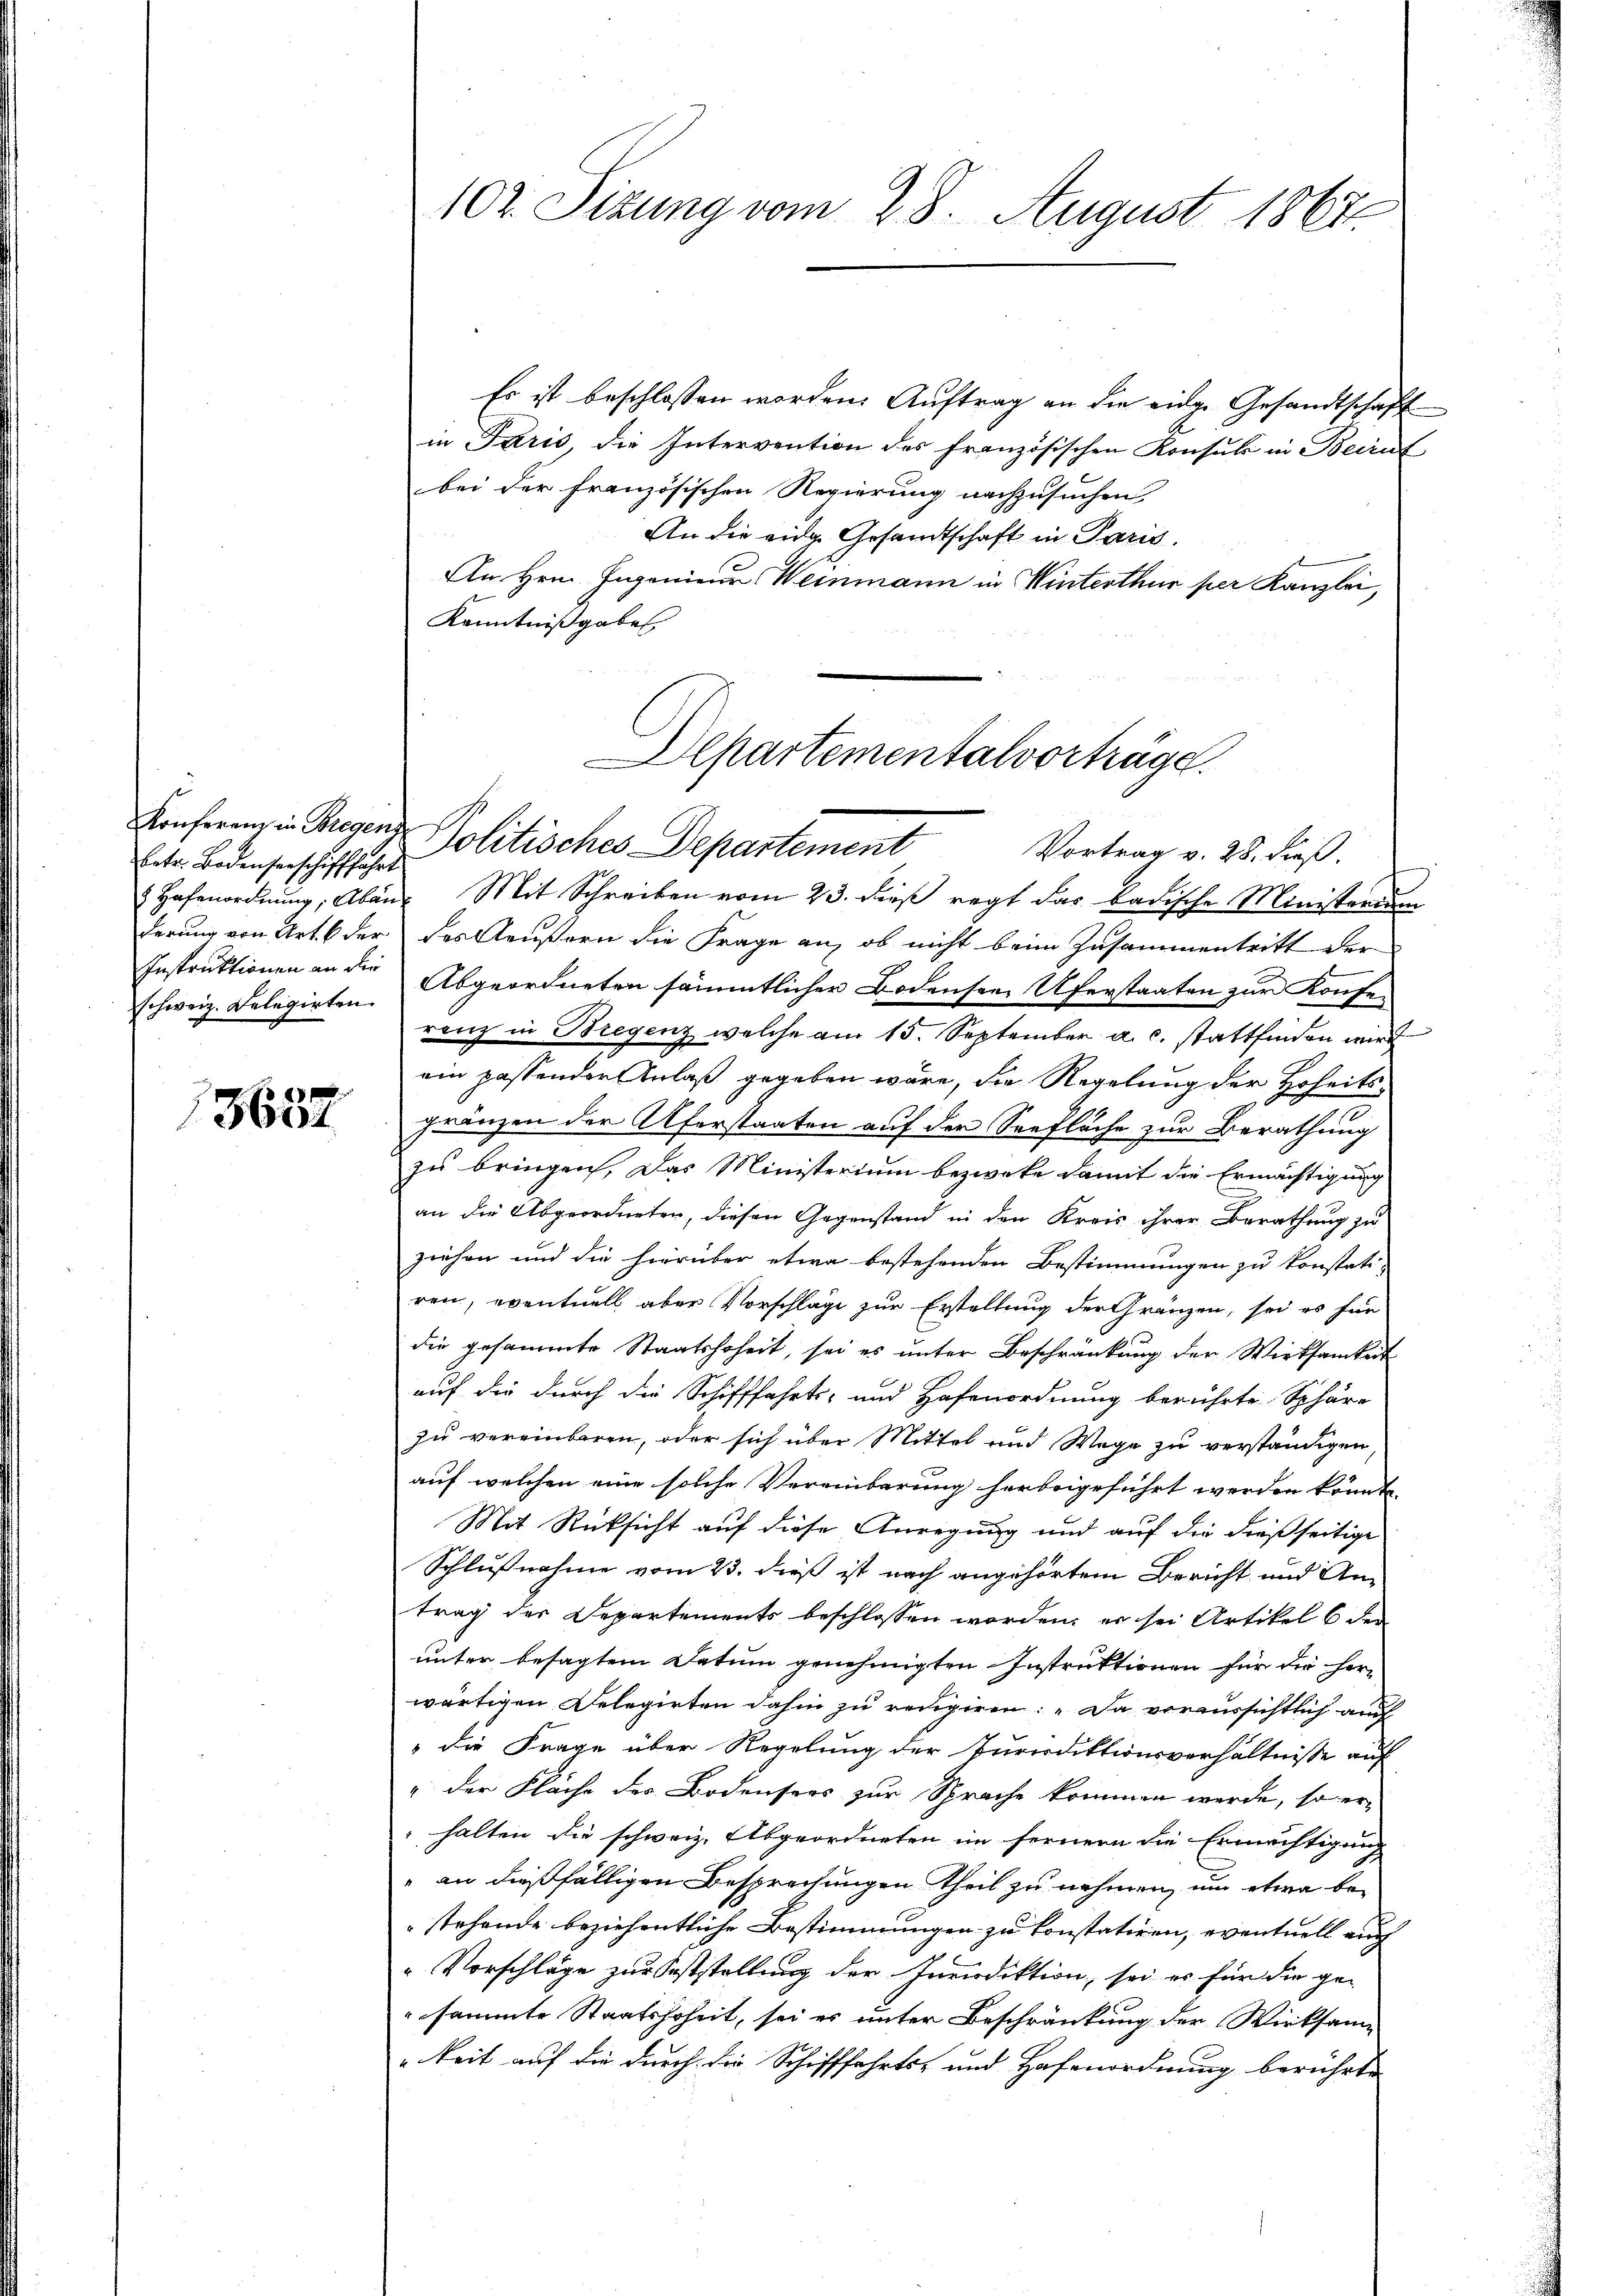
Eetr. Bodenserschifffahrt
derung von Art. 6 der
Instruktionen an die
schweiz. Delegirten.

2
3004

102. Sizung vom 28. August 1867

Es ist beschlossen worden. Auftrag an die eidge Gesandtschaft
in Paris, die Intervention des französischen Konsuls in Beiruf
bei der französischen Regierung nachzusuchen
An die eidg. Gesandtschaft in Paris.
An Hrn. Ingenieur Weinmann in Winterthur per Kanzlei,
Kenntnißgaben
 Hafenordnŭng, Aban Mit Schreiben vom 23. dieβ regt das badische Ministerium
des Aeußern die Frage an, ob nicht beim Zusammentritt der
Abgeordneten sämmtlicher Bodensee Uferstaaten zur Konfer
renz in Bregenz, welche am 15. September a. c. stattfinden wird
ein passender Anlaß gegeben wäre, die Regelung der Hoheits¬
Fränzen der Uferstaaten auf der Seefläche zur Berathung
zu bringen, das Ministerium bezwike damit die Ermächtigung
an die Abgeordneten, diesen Gegenstand in den Kreis ihrer Berathung zu
ziehen und die hierüber etwa bestehenden Bestimmungen zu konstati-
ren, eventuell aber Vorschläge zur Erstellung der Gränzen, sei es für
die gesammte Staatshoheit, sei es unter Beschränkung der Wirksamkeit
auf die durch die Schifffahrts- und Hafenordnung berührte Sphäre
zu vereinbaren, oder sich über Mittel und Wege zu verständigen
auf welchen eine solche Vereinbarung herbeigeführt werden könnte,
Mit Rücksicht auf diese Anregung und auf die dießseitige
Schlußnahme vom 23. dieß ist nach angehörtem Bericht und An-
trag der Departements beschlossen worden, er sei Artikel 6 der
unter besagtem Datum genehmigten Instruktionen für die herz
wärtigen Delegirten dahin zu redigiren: „Da voraussichtlich auch
" die Frage über Regelung der Purisdiktionsverhältnisse auf
" der Fläche des Bodensees zur Sprache kommen werde, so er
halten die schweiz. Abgeordneten im fernern die Ermächtigung
" an dießfälligen Besprechungen theil zu nehmen, um etwa be-
stehende beziehentliche Bestimmungen zu konstatiren, eventuell auch
" Vorschläge zur Feststellung der Jurisdiktion, sei es für die ge-
sammte Staatshoheit, sei es unter Beschränkung der Wirksam
keit auf die durch die Schifffahrts- und Hafenordnung berührte

Departementalvorträge.
Konferenz in Gegen Politisches Departement
Vortrag v. 28. dieß.